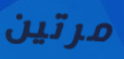
مرتين